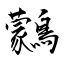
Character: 鸏